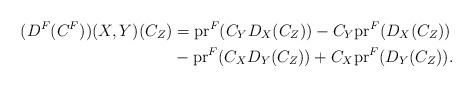
LaTeX: \begin{align*}(D^{F}(C^{F}))(X, Y) (C_{Z}) &= \mathrm{pr}^{F}(C_{Y}D_{X}(C_{Z}))- C_{Y} \mathrm{pr}^{F}(D_{X}(C_{Z}))\\& - \mathrm{pr}^{F}(C_{X} D_{Y}(C_{Z}))+ C_{X}\mathrm{pr}^{F} (D_{Y}(C_{Z})).\end{align*}